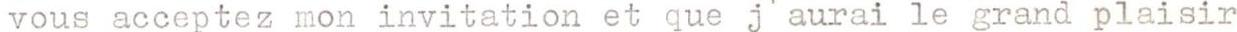
vous acceptez mon invitation et que j`aurai le grand plaisir